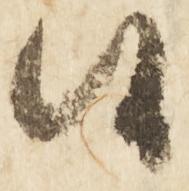
候